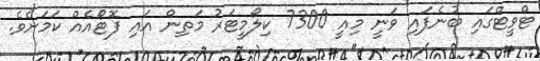
ޓްވީޓްގައި ބުނެފައި ވަނީ މިއީ 7300 ކިލޯމީޓަރު މަތިން އައި ފޮޓޯއެއް ކަމަށެވެ.